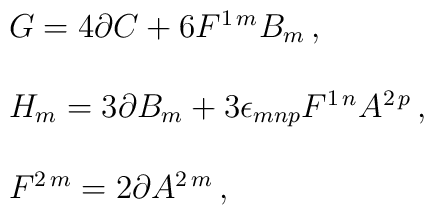
\begin{array}{rcl}& & G = 4 \partial C +6 F^{1\, m} B_{m}\, ,\\& & \\& & H_{m} = 3\partial B_{m} +3\epsilon_{mnp}F^{1\, n}A^{2\, p}\, ,\\& & \\& & F^{2\, m} = 2\partial A^{2\, m}\, ,\\\end{array}